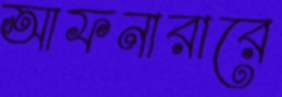
আফনারারে